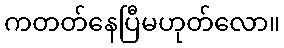
ကတတ်နေပြီမဟုတ်လော။